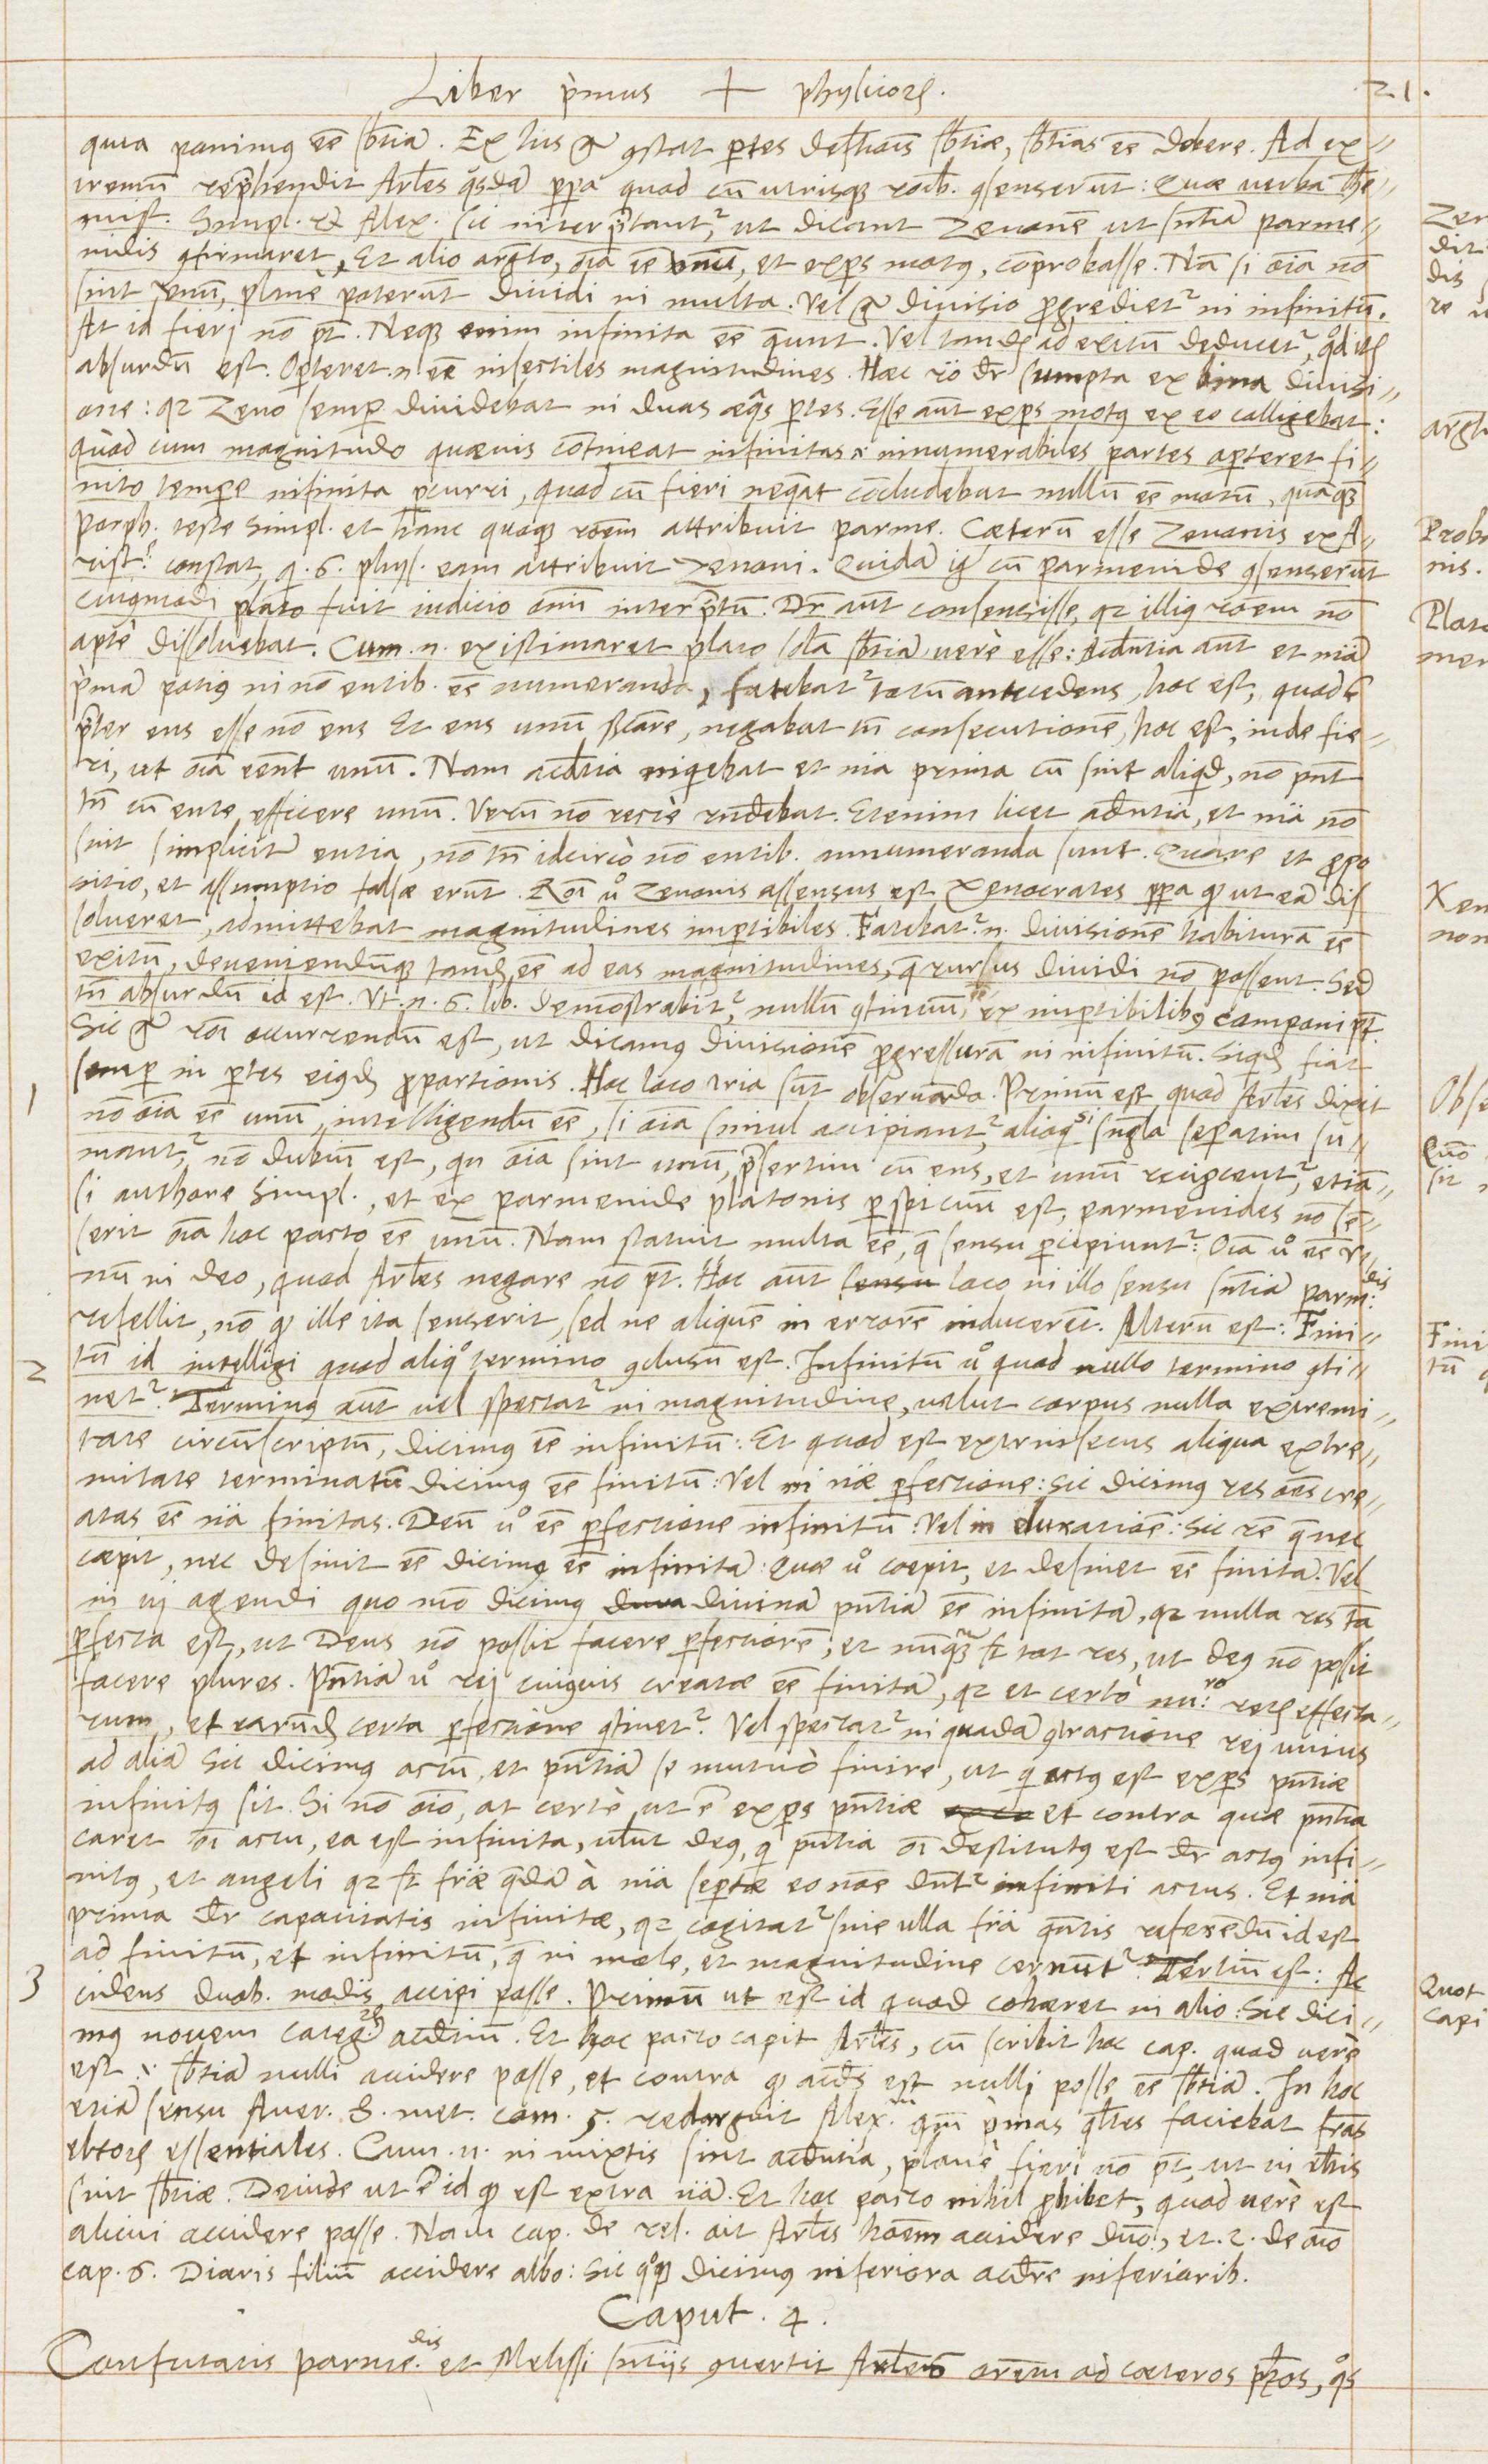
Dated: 1568–1569